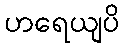
ဟရေယျပိ